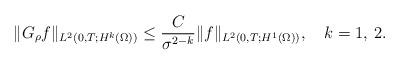
LaTeX: \begin{align*}\|G_{\rho}f\|_{L^{2}(0,T;H^{k}(\Omega))}\leq \frac{C}{\sigma^{2-k}}\|f\|_{L^{2}(0,T;H^{1}(\Omega))},\,\,\,\,\,\,k=1,\,2.\end{align*}